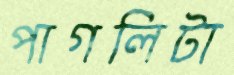
পাগলিটা